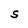
Character: S